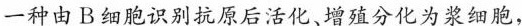
一种由B细胞识别抗原后活化、增殖分化为浆细胞，